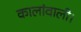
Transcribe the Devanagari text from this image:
कालांवाली।